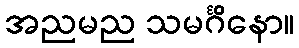
အညမည သမင်္ဂိနော။